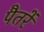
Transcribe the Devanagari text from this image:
पैतरें